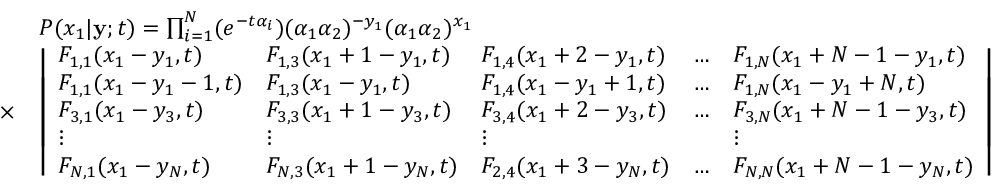
\begin{array} { r l } & { P ( x _ { 1 } | \mathbf { y } ; t ) = \prod _ { i = 1 } ^ { N } ( e ^ { - t \alpha _ { i } } ) ( \alpha _ { 1 } \alpha _ { 2 } ) ^ { - y _ { 1 } } ( \alpha _ { 1 } \alpha _ { 2 } ) ^ { x _ { 1 } } } \\ { \times } & { \left| \begin{array} { l l l l l } { F _ { 1 , 1 } ( x _ { 1 } - y _ { 1 } , t ) } & { F _ { 1 , 3 } ( x _ { 1 } + 1 - y _ { 1 } , t ) } & { F _ { 1 , 4 } ( x _ { 1 } + 2 - y _ { 1 } , t ) } & { \ldots } & { F _ { 1 , N } ( x _ { 1 } + N - 1 - y _ { 1 } , t ) } \\ { F _ { 1 , 1 } ( x _ { 1 } - y _ { 1 } - 1 , t ) } & { F _ { 1 , 3 } ( x _ { 1 } - y _ { 1 } , t ) } & { F _ { 1 , 4 } ( x _ { 1 } - y _ { 1 } + 1 , t ) } & { \ldots } & { F _ { 1 , N } ( x _ { 1 } - y _ { 1 } + N , t ) } \\ { F _ { 3 , 1 } ( x _ { 1 } - y _ { 3 } , t ) } & { F _ { 3 , 3 } ( x _ { 1 } + 1 - y _ { 3 } , t ) } & { F _ { 3 , 4 } ( x _ { 1 } + 2 - y _ { 3 } , t ) } & { \ldots } & { F _ { 3 , N } ( x _ { 1 } + N - 1 - y _ { 3 } , t ) } \\ { \vdots } & { \vdots } & { \vdots } & & { \vdots } \\ { F _ { N , 1 } ( x _ { 1 } - y _ { N } , t ) } & { F _ { N , 3 } ( x _ { 1 } + 1 - y _ { N } , t ) } & { F _ { 2 , 4 } ( x _ { 1 } + 3 - y _ { N } , t ) } & { \ldots } & { F _ { N , N } ( x _ { 1 } + N - 1 - y _ { N } , t ) } \end{array} \right| } \end{array}